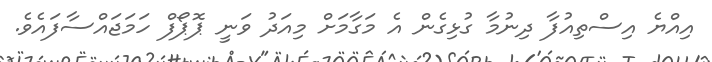
އިއްޔެ އިސްތިއުފާ ދިނުމާ ގުޅިގެން އެ މަގާމަށް މިއަދު ވަނީ ޕޮޕޯފް ހަމަޖައްސާފައެވެ.